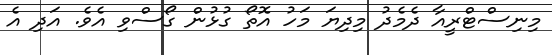
މިނިސްޓްރީއާ ދެމެދު މިދިޔަ މަހު އޮތޯ ގުޅުން ގޯސްވި އެވެ. އަދި އެ